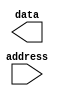
module ROM(
    input [address_width-1:0] address,
    output reg [data_width-1:0] data
);

parameter address_width = 8;
parameter data_width = 8;
parameter num_blocks = 16;

reg [data_width-1:0] memory_blocks[num_blocks][2**address_width - 1:0];

initial begin
    // Initialize memory blocks with fixed data values
    // Replace with actual data values
    // Example: memory_blocks[0][0] = 8'b00000000;
end

always @(*) begin
    case(address)
        // Address decoder selecting the appropriate memory block
        // Example: 8'h00: data = memory_blocks[0][address];
        // Add cases for each memory block
    endcase
end

endmodule